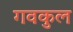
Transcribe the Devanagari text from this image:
गवकुल